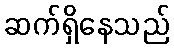
ဆက်ရှိနေသည်